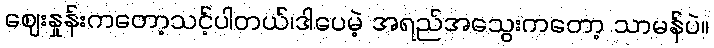
ဈေးနှုန်းကတော့သင့်ပါတယ်၊ဒါပေမဲ့ အရည်အသွေးကတော့ သာမန်ပဲ။